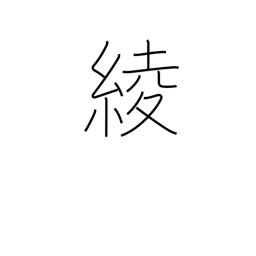
Meaning: design